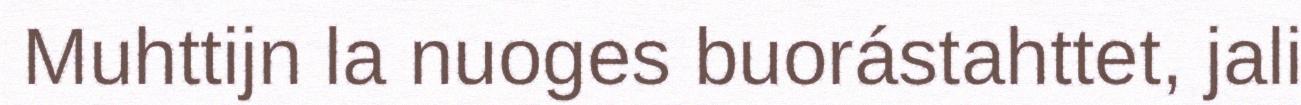
Muhttijn la nuoges buorástahttet, jali